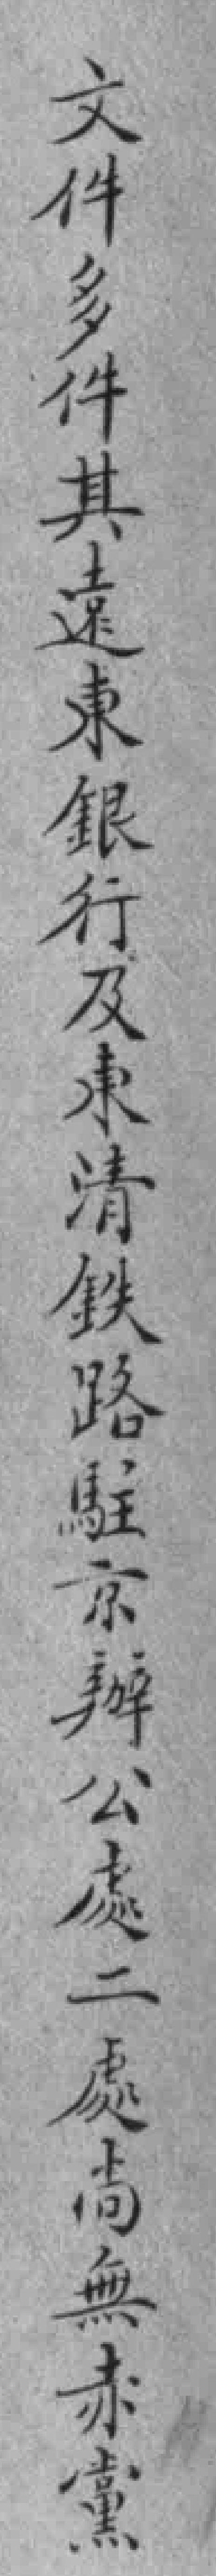
文件多件其遠東銀行及東清鉄路駐京辦公處二處尚無赤黨